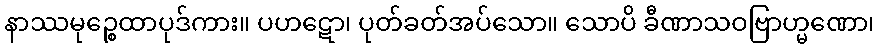
နာဿမုဉ္စေထာပုဒ်ကား။ ပဟဋော၊ ပုတ်ခတ်အပ်သော။ သောပိ ခီဏာသဝဗြာဟ္မဏော၊